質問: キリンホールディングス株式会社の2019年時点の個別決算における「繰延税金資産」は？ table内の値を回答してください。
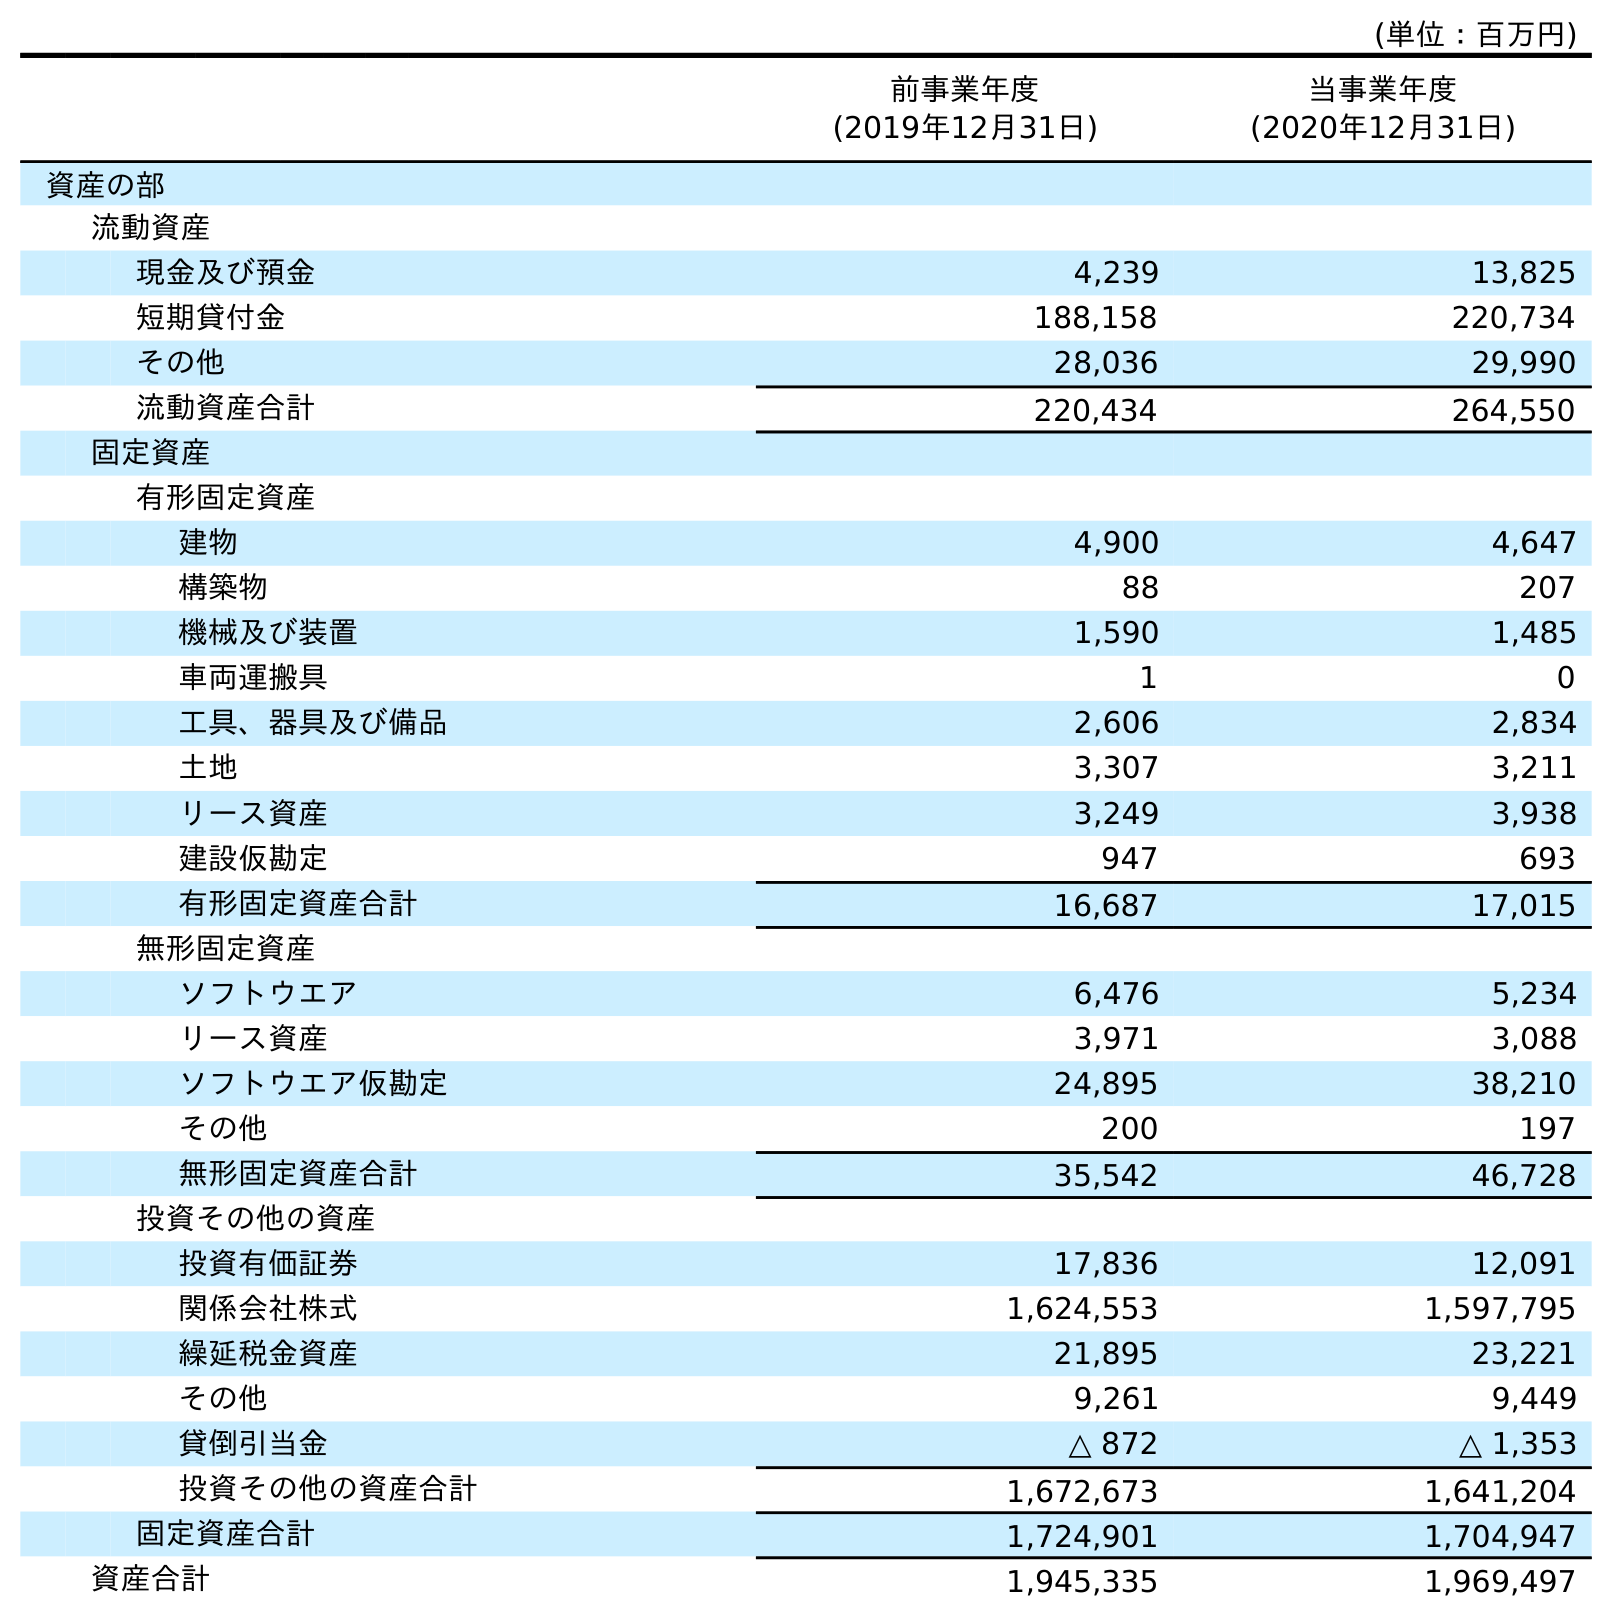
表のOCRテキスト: (単位：百万円) 前事業年度 (2019年12月31日) 当事業年度 (2020年12月31日) 資産の部 流動資産 現金及び預金 4,239 13,825 短期貸付金 188,158 220,734 その他 28,036 29,990 流動資産合計 220,434 264,550 固定資産 有形固定資産 建物 4,900 4,647 構築物 88 207 機械及び装置 1,590 1,485 車両運搬具 1 0 工具、器具及び備品 2,606 2,834 土地 3,307 3,211 リース資産 3,249 3,938 建設仮勘定 947 693 有形固定資産合計 16,687 17,015 無形固定資産 ソフトウエア 6,476 5,234 リース資産 3,971 3,088 ソフトウエア仮勘定 24,895 38,210 その他 200 197 無形固定資産合計 35,542 46,728 投資その他の資産 投資有価証券 17,836 12,091 関係会社株式 1,624,553 1,597,795 繰延税金資産 21,895 23,221 その他 9,261 9,449 貸倒引当金 △ 872 △ 1,353 投資その他の資産合計 1,672,673 1,641,204 固定資産合計 1,724,901 1,704,947 資産合計 1,945,335 1,969,497
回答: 21,895